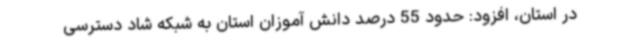
در استان، افزود: حدود 55 درصد دانش آموزان استان به شبکه شاد دسترسی